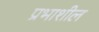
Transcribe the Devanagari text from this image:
प्रभाशील